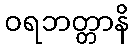
ဝရဘတ္တာနိ